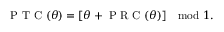
\mathrm { ~ P ~ T ~ C ~ } ( \theta ) = [ \theta + \mathrm { ~ P ~ R ~ C ~ } ( \theta ) ] \mod 1 .